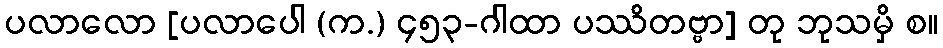
ပလာလော [ပလာပေါ (က.) ၄၅၃-ဂါထာ ပဿိတဗ္ဗာ] တု ဘုသမှိ စ။